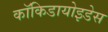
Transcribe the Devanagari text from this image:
कॉकिडायोइडेस